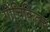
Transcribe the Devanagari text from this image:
गोचिकित्सा